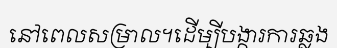
នៅពេលសម្រាល។ដើម្បីបង្ការការឆ្លង